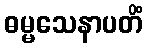
ဓမ္မသေနာပတိံ